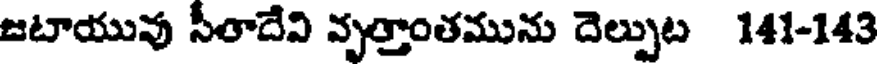
జటాయువు సీతాదేవి వృత్తాంతమును దెల్పుట 141-143